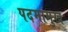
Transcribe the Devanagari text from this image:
पदमामुख